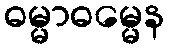
ဓမ္မာဓမ္မေန